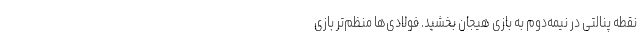
نقطه پنالتی در نیمه‌دوم به بازی هیجان بخشید. فولادی‌ها منظم‌تر بازی